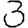
Digit: 3